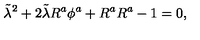
\tilde { \lambda } ^ { 2 } + 2 \tilde { \lambda } R ^ { a } \phi ^ { a } + R ^ { a } R ^ { a } - 1 = 0 ,